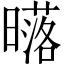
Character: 𣋛